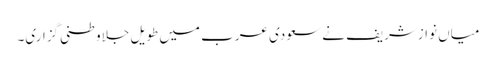
میاں نوازشریف نے سعودی عرب میں طویل جلاوطنی گزاری۔